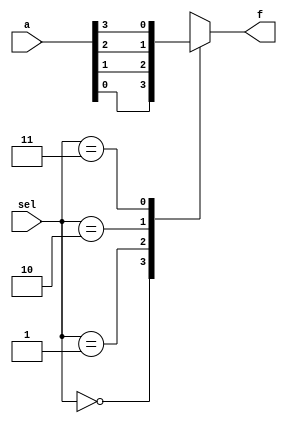
`timescale 1ns/100ps

module mux4to1_assign(f ,a, sel);

	output f;
	input [3:0] a;
	input [1:0] sel;

	reg f;
	always @(sel)
	 case(sel)
	  2'b00:f<=a[0];
	  2'b01:f<=a[1];
	  2'b10:f<=a[2];
	  2'b11:f<=a[3];
	  default:f<=a[0];
	 endcase

endmodule